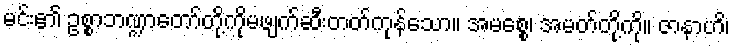
မင်း၏ ဥစ္စာဘဏ္ဍာတော်တို့ကိုမဖျက်ဆီးတတ်ကုန်သော။ အမစ္စေ၊ အမတ်တို့ကို။ ဇာနာဟိ၊